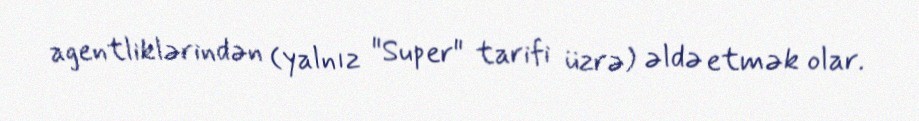
agentliklərindən (yalnız "Super" tarifi üzrə) əldə etmək olar.